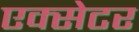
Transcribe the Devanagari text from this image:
एक्‍सेटर